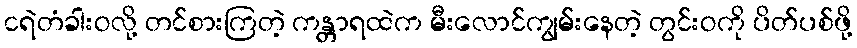
ငရဲတံခါးဝလို့ တင်စားကြတဲ့ ကန္တာရထဲက မီးလောင်ကျွမ်းနေတဲ့ တွင်းဝကို ပိတ်ပစ်ဖို့